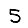
Digit: 5